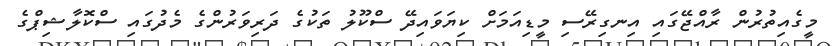
މީގެއިތުރުން ރާއްޖޭގައި އިނގިރޭސި މީޑިއަމަށް ކިޔަވައިދޭ ސްކޫލު ތަކުގެ ދަރިވަރުންގެ މެދުގައި ސްކޮލާޝިޕްގެ